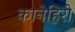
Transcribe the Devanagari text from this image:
कानेहिरो